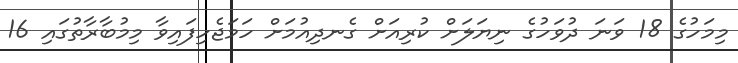
މިމަހުގެ 18 ވަނަ ދުވަހުގެ ނިޔަލަށް ކުރިއަށް ގެނދިއުމަށް ހަމަޖެހިފައިވާ މިމުބާރާތުގައި 16